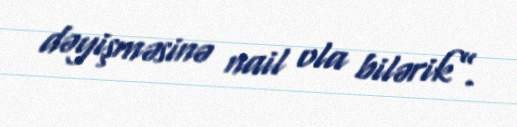
dəyişməsinə nail ola bilərik”.